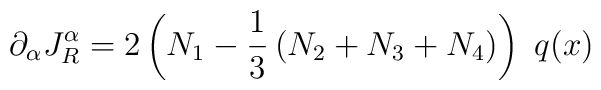
\partial_{\alpha} J^{\alpha}_{R} =2 \left( N_1 - \frac{1}{3} \left(N_2 + N_3 + N_4 \right)\right)\,\, q(x)